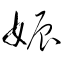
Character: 娠